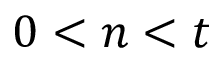
0 < n < t